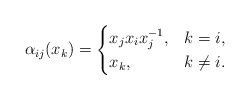
\begin{gather*}\alpha_{ij}(x_k)=\begin{cases}x_j x_i x_j^{-1}, & k=i, \\x_k, & k \not= i.\end{cases}\end{gather*}